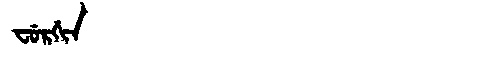
Manchu: ᠸᡠᡵᡤᡳᠨ
Romanization: FURGIN